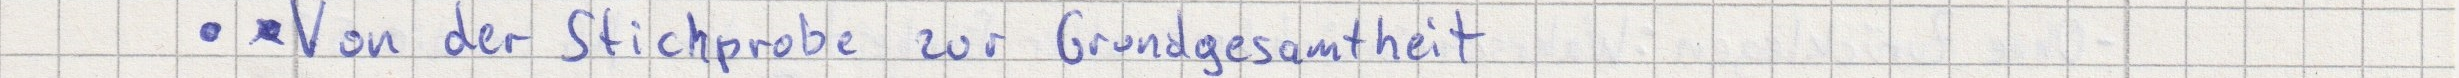
- Von der Stichprobe zur Grundgesamtheit